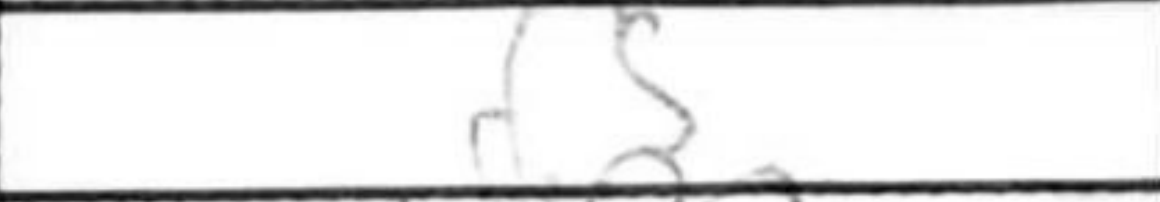
Transcription: d5